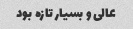
عالی و بسیار تازه بود